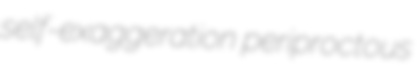
self-exaggeration periproctous